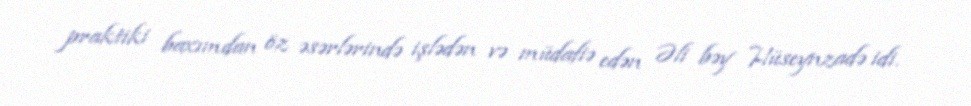
praktiki baxımdan öz əsərlərində işlədən və müdafiə edən Əli bəy Hüseynzadə idi.